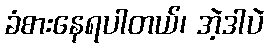
ခံစားနေရပါတယ်၊ အဲ့ဒါပဲ